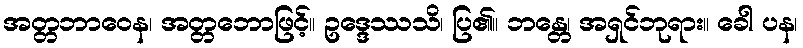
အတ္တဘာဝေန၊ အတ္တဘောဖြင့်။ ဥဒ္ဒေဿသိ၊ ပြ၏။ ဘန္တေ၊ အရှင်ဘုရား။ ခေါ ပန၊